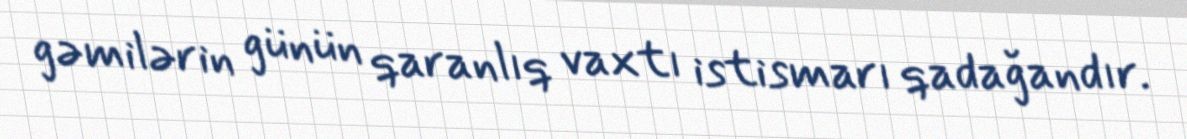
gəmilərin günün qaranlıq vaxtı istismarı qadağandır.